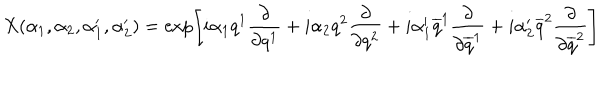
X ( \alpha _ { 1 } , \alpha _ { 2 } , \alpha _ { 1 } ^ { \prime } , \alpha _ { 2 } ^ { \prime } ) = \exp \left[ i \alpha _ { 1 } q ^ { 1 } { \frac { \partial } { \partial q ^ { 1 } } } + i \alpha _ { 2 } q ^ { 2 } { \frac { \partial } { \partial q ^ { 2 } } } + i \alpha _ { 1 } ^ { \prime } \overline { { { q } } } ^ { 1 } { \frac { \partial } { \partial \overline { { { q } } } ^ { 1 } } } + i \alpha _ { 2 } ^ { \prime } \overline { { { q } } } ^ { 2 } { \frac { \partial } { \partial \overline { { { q } } } ^ { 2 } } } \right]